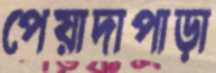
পেয়াদাপাড়া